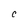
Character: C